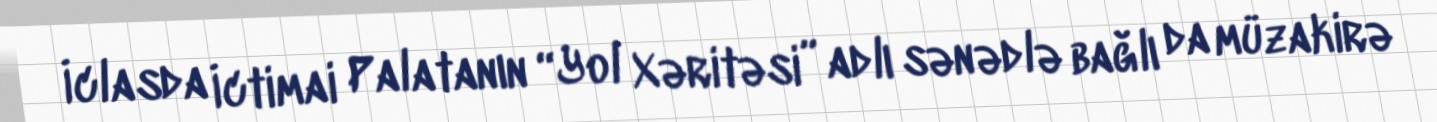
İclasda İctimai Palatanın “Yol Xəritəsi” adlı sənədlə bağlı da müzakirə